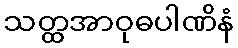
သတ္ထအာဝုဓပါဏိနံ